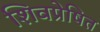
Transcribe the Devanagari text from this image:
शिवप्रेषित